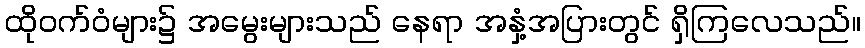
ထိုဝက်ဝံများ၌ အမွေးများသည် နေရာ အနှံ့အပြားတွင် ရှိကြလေသည်။